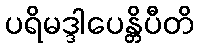
ပရိမဒ္ဒါပေန္တိပီတိ